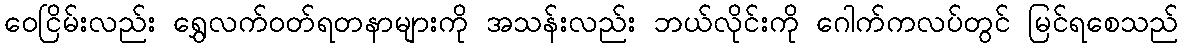
ဝေငြိမ်းလည်း ရွှေလက်ဝတ်ရတနာများကို အသန်းလည်း ဘယ်လိုင်းကို ဂေါက်ကလပ်တွင် မြင်ရစေသည်